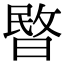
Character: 暋